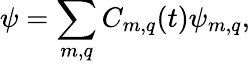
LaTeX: \psi=\sum_{m,q}C_{m,q}(t)\psi_{m,q},